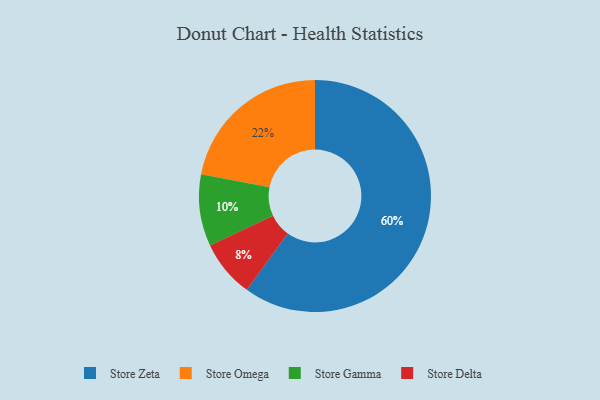
{"axis": {"x": "Category", "y": "Percentage"}, "legend": ["Store Delta", "Store Gamma", "Store Omega", "Store Zeta"], "data": [{"x": "Store Zeta", "y": 60, "type": "Store Zeta"}, {"x": "Store Delta", "y": 8, "type": "Store Delta"}, {"x": "Store Gamma", "y": 10, "type": "Store Gamma"}, {"x": "Store Omega", "y": 22, "type": "Store Omega"}]}